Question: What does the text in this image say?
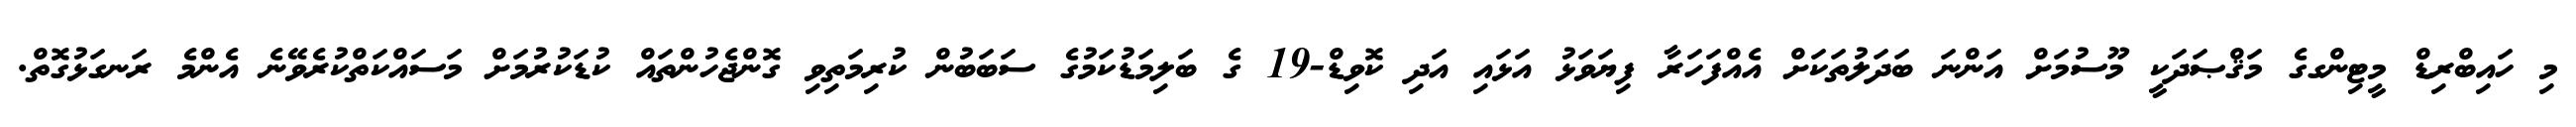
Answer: މި ހައިބްރިޑް މީޓިންގގެ މަޤްޞަދަކީ މޫސުމަށް އަންނަ ބަދަލުތަކަށް އެއްފަހަރާ ފިޔަވަޅު އަޅައި އަދި ކޮވިޑް-19 ގެ ބަލިމަޑުކަމުގެ ސަބަބުން ކުރިމަތިވި ގޮންޖެހުންތައް ކުޑަކުރުމަށް މަސައްކަތްކުރެވޭނެ އެންމެ ރަނގަޅުގޮތް.